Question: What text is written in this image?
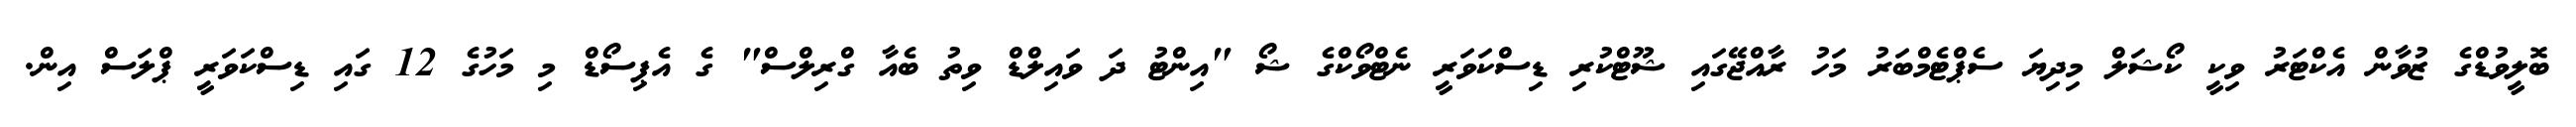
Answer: ބޮލީވުޑްގެ ޒުވާން އެކްޓަރު ވިކީ ކޯޝަލް މިދިޔަ ސެޕްޓެމްބަރު މަހު ރާއްޖޭގައި ޝޫޓްކުރި ޑިސްކަވަރީ ނެޓްވޯކްގެ ޝޯ "އިންޓު ދަ ވައިލްޑް ވިތު ބެއާ ގްރިލްސް" ގެ އެޕިސޯޑް މި މަހުގެ 12 ގައި ޑިސްކަވަރީ ޕްލަސް އިން.